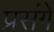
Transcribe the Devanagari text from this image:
प्रसंगे